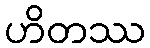
ဟိတဿ